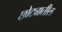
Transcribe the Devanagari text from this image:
छोट्यातील